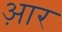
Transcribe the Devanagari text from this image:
आ़र